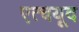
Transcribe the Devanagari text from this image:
एत्चयूद